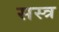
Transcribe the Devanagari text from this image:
सस्त्र